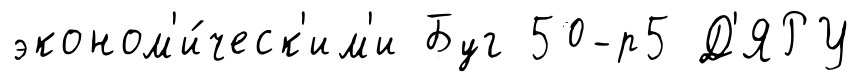
эконом'и́ческ'им'и Буг 50-р5 Д'ЯРУ